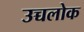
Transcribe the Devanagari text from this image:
उच्चलोक